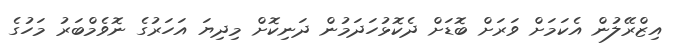
އިޒްރޭލުން އެކަމަށް ވަރަށް ބޮޑަށް ދެކޮޅުހަދަމުން ދަނިކޮށް މިދިޔަ އަހަރުގެ ނޮވެމްބަރު މަހުގެ